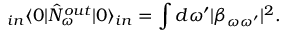
_ { i n } \langle 0 | \hat { N } _ { \omega } ^ { o u t } | 0 \rangle _ { i n } = \int d \omega ^ { \prime } | \beta _ { \omega \omega ^ { \prime } } | ^ { 2 } .